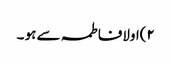
٢)اولافاطمہ سے ہو ۔